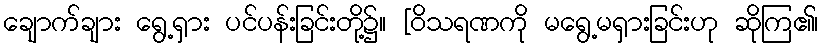
ချောက်ချား ရွေ့ရှား ပင်ပန်းခြင်းတို့၌။ [ဝိသရဏကို မရွေ့မရှားခြင်းဟု ဆိုကြ၏၊